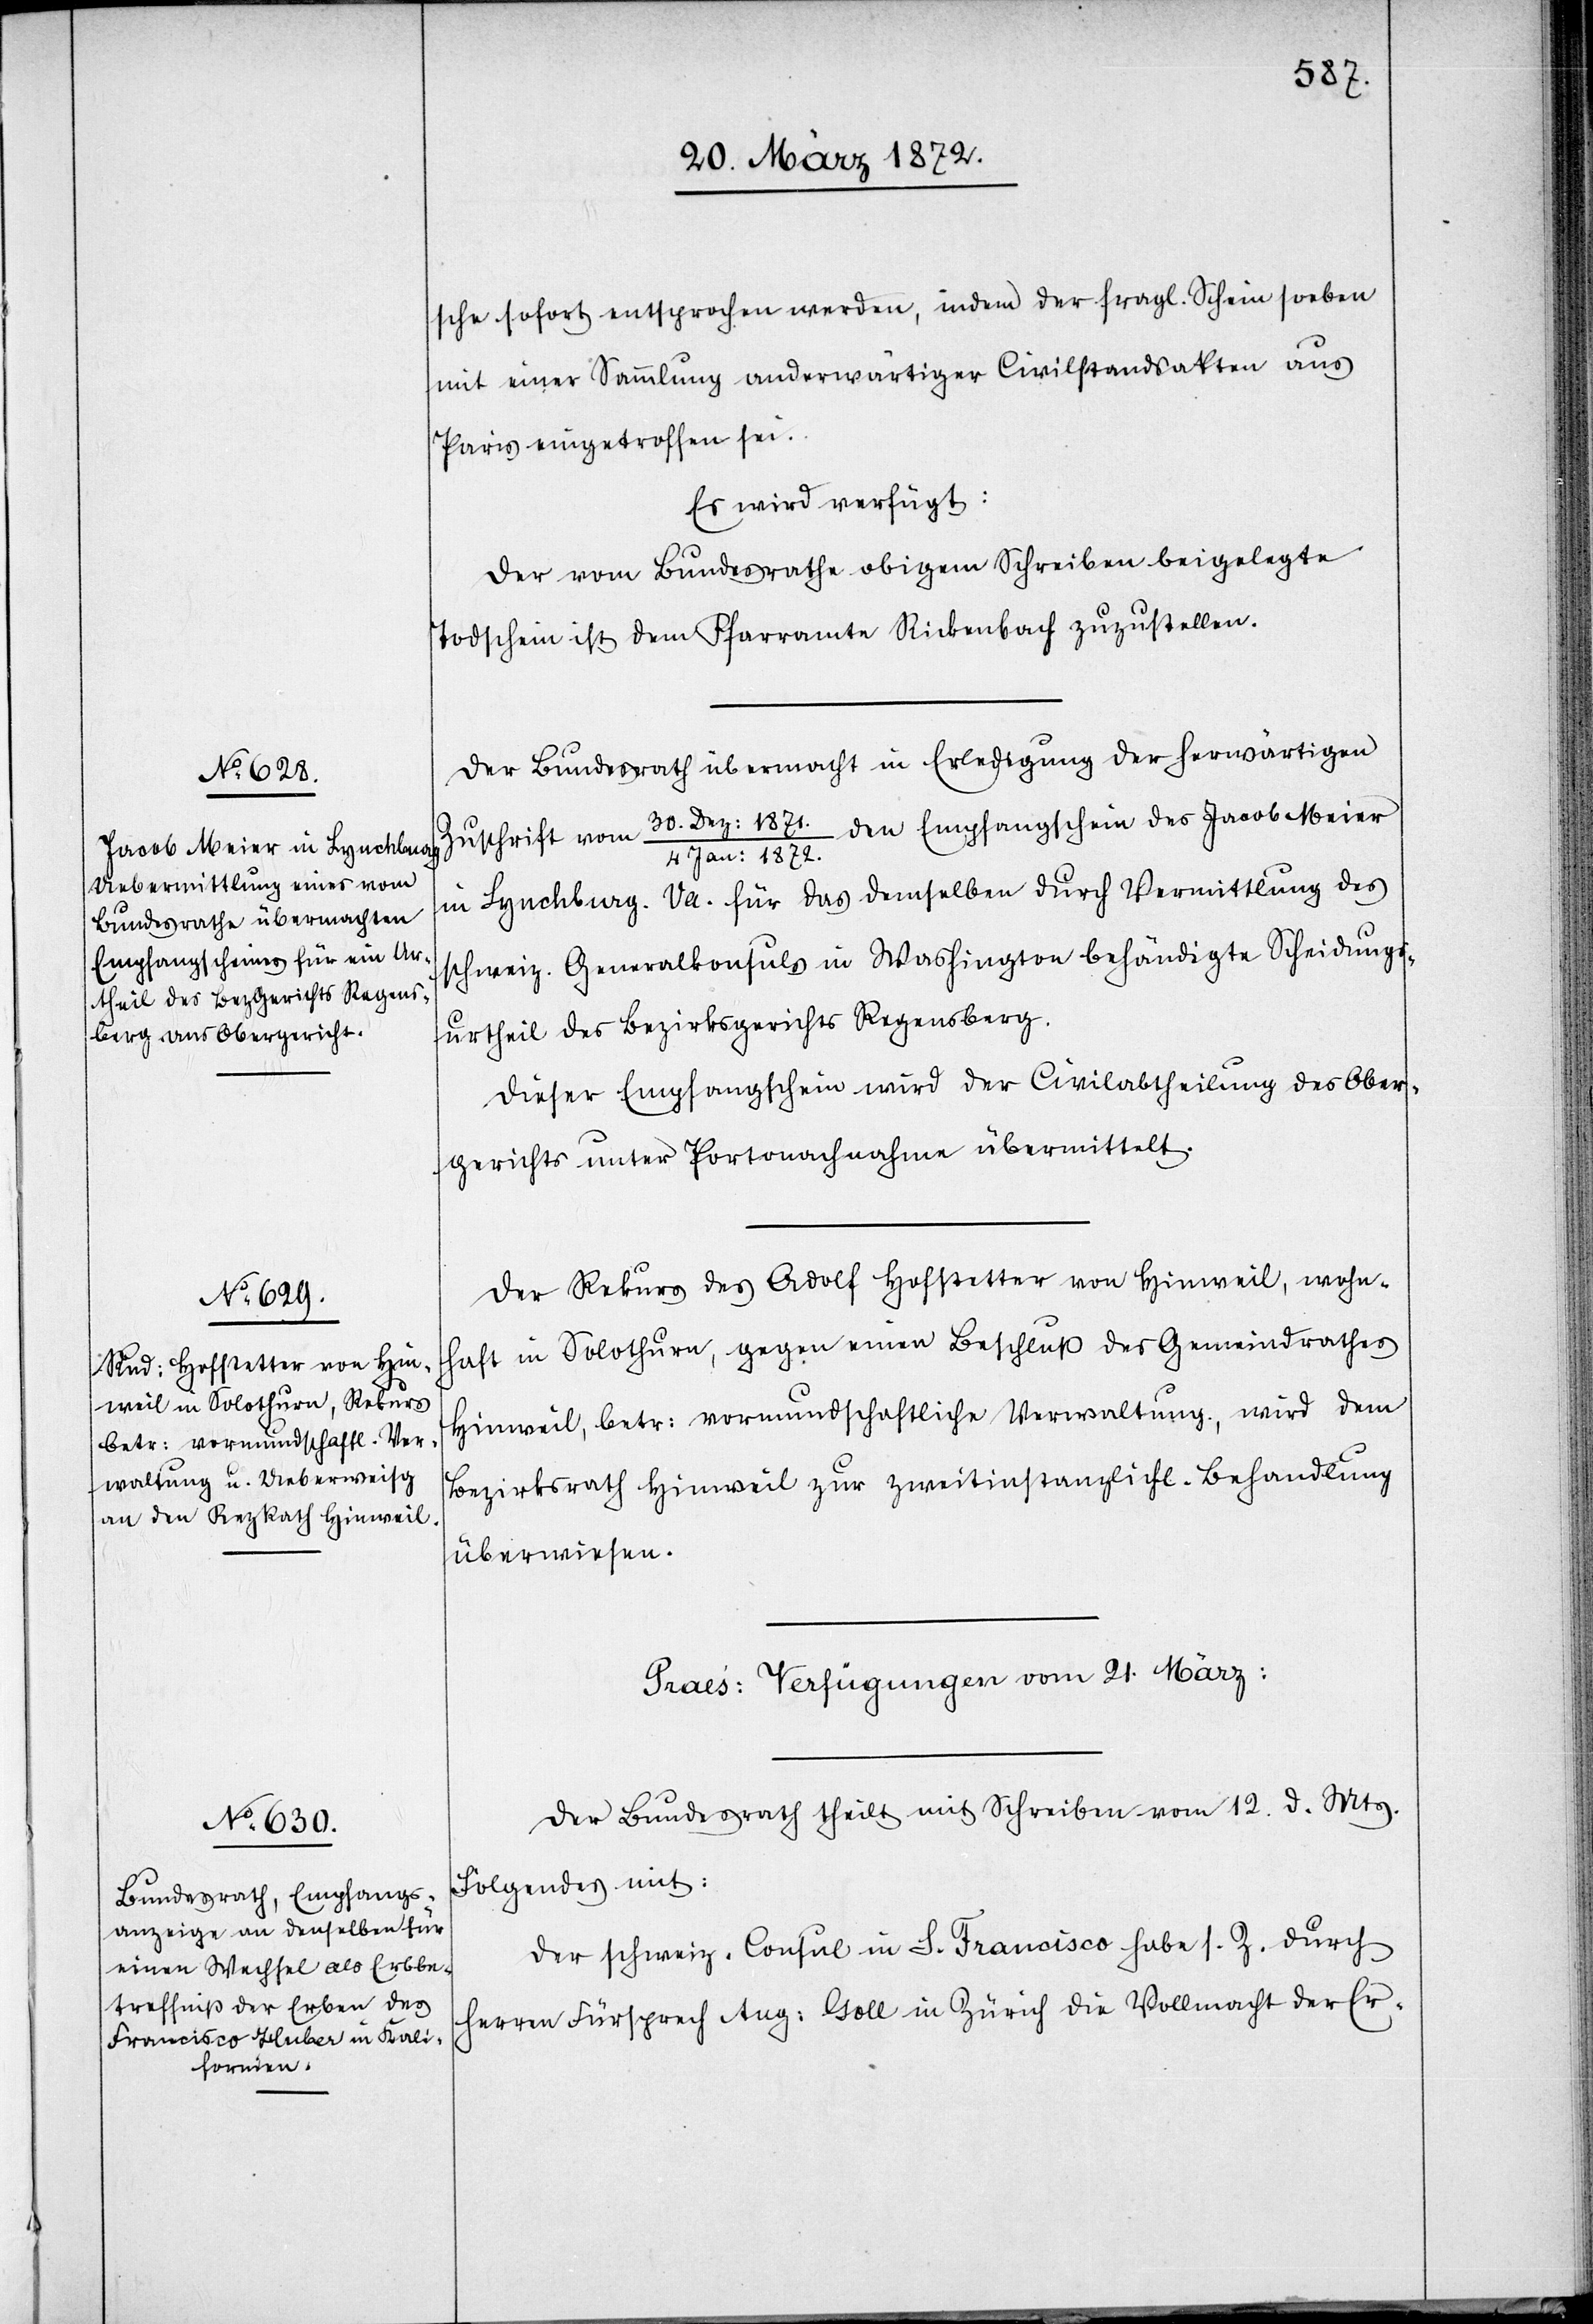
20. März 1872.]
sche sofort entsprochen werden, indem der fragl. Schein soeben
mit einer Sammlung anderwärtiger Civilstandsakten aus
Paris eingetroffen sei.
Es wird verfügt:
Der vom Bundesrathe obigem Schreiben beigelegte
Todschein ist dem Pfarramte Rickenbach zuzustellen.
Der Bundesrath übermacht in Erledigung der herwärtigen
30. Dez: 1871./4 Jan: 1872. den Empfangschein des Jacob Meier
Zuschrift vom
in Lynchburg. Va. für das demselben durch Vermittlung des
schweiz. Generalkonsuls in Washington behändigte Scheidungs¬
urtheil des Bezirksgerichts Regensberg.
Dieser Empfangschein wird der Civilabtheilung des Ober¬
gerichts unter Portonachnahme übermittelt.
Der Rekurs des Adolf [sic!] Hofstetter von Hinweil, wohn¬
haft in Solothurn, gegen einen Beschluß des Gemeindrathes
Hinweil, betr: vormundschaftliche Verwaltung, wird dem
Bezirksrath Hinweil zur zweitinstanzlich. Behandlung
überwiesen.
Praes. Verfügungen vom 21. März
Der Bundesrath theilt mit Schreiben vom 12. d. Mts.
Folgendes mit:
Der schweiz. Consul in S. Francisco habe s. Z. durch
Herren Fürsprech Aug. Goll in Zürich die Vollmacht der Er-